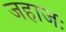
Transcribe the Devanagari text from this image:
जहाजः